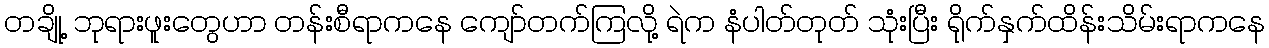
တချို့ ဘုရားဖူးတွေဟာ တန်းစီရာကနေ ကျော်တက်ကြလို့ ရဲက နံပါတ်တုတ် သုံးပြီး ရိုက်နှက်ထိန်းသိမ်းရာကနေ